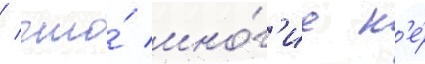
/ что́ мно́г'ие н'е́